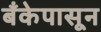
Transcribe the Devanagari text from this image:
बँकेपासून